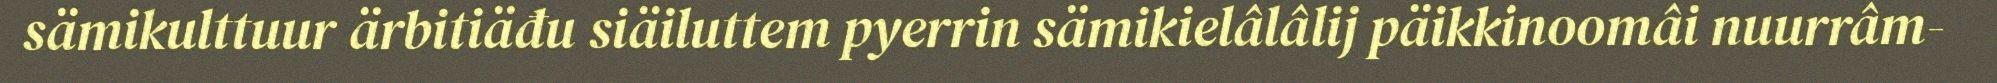
sämikulttuur ärbitiäđu siäiluttem pyerrin sämikielâlâlij päikkinoomâi nuurrâm-